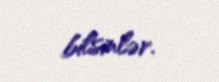
bilsinlər.